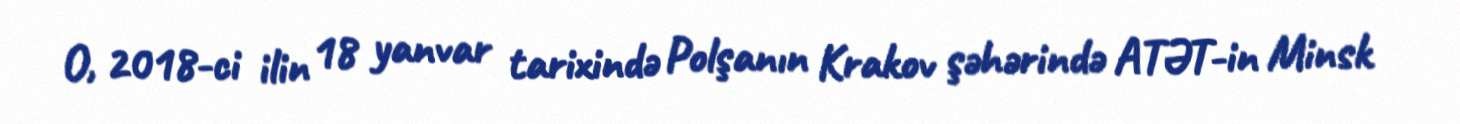
O, 2018-ci ilin 18 yanvar tarixində Polşanın Krakov şəhərində ATƏT-in Minsk